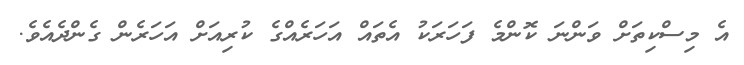
އެ މިސްކިތަށް ވަންނަ ކޮންމެ ފަހަރަކު އެތައް އަހަރެއްގެ ކުރިއަށް އަހަރެން ގެންދެއެވެ.